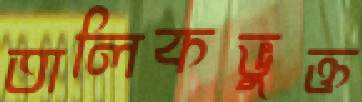
তালিকভুক্ত